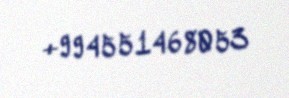
+994551468053